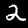
Label: 2